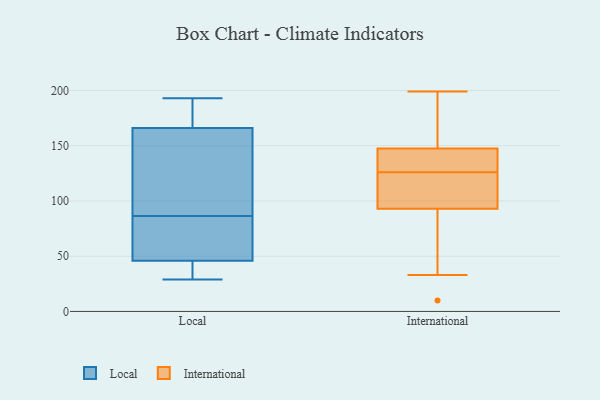
{"axis": {"x": "Inventory Turnover", "y": "Value"}, "legend": ["International", "Local"], "data": [{"x": "", "y": 81, "type": "Local"}, {"x": "", "y": 193, "type": "Local"}, {"x": "", "y": 92, "type": "Local"}, {"x": "", "y": 167, "type": "Local"}, {"x": "", "y": 68, "type": "Local"}, {"x": "", "y": 167, "type": "Local"}, {"x": "", "y": 168, "type": "Local"}, {"x": "", "y": 48, "type": "Local"}, {"x": "", "y": 124, "type": "Local"}, {"x": "", "y": 29, "type": "Local"}, {"x": "", "y": 44, "type": "Local"}, {"x": "", "y": 64, "type": "Local"}, {"x": "", "y": 42, "type": "Local"}, {"x": "", "y": 113, "type": "Local"}, {"x": "", "y": 31, "type": "Local"}, {"x": "", "y": 165, "type": "Local"}, {"x": "", "y": 57, "type": "International"}, {"x": "", "y": 185, "type": "International"}, {"x": "", "y": 199, "type": "International"}, {"x": "", "y": 136, "type": "International"}, {"x": "", "y": 33, "type": "International"}, {"x": "", "y": 10, "type": "International"}, {"x": "", "y": 126, "type": "International"}, {"x": "", "y": 120, "type": "International"}, {"x": "", "y": 125, "type": "International"}, {"x": "", "y": 124, "type": "International"}, {"x": "", "y": 136, "type": "International"}, {"x": "", "y": 143, "type": "International"}, {"x": "", "y": 149, "type": "International"}, {"x": "", "y": 162, "type": "International"}, {"x": "", "y": 84, "type": "International"}]}